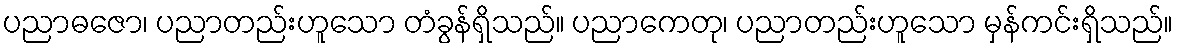
ပညာဓဇော၊ ပညာတည်းဟူသော တံခွန်ရှိသည်။ ပညာကေတု၊ ပညာတည်းဟူသော မှန်ကင်းရှိသည်။